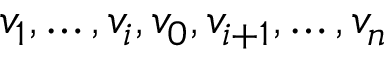
v _ { 1 } , \ldots , v _ { i } , v _ { 0 } , v _ { i + 1 } , \ldots , v _ { n }